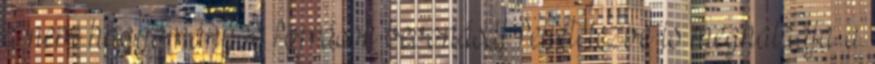
a nem hagyományos források bevonását feltételezve is meghaladja a